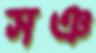
সঞ